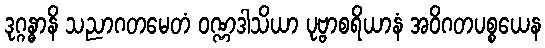
ဒုဂ္ဂန္ဓာနိ သညာဂတမေတံ ဝဏ္ဏဒါသိယာ ပုဗ္ဗာစရိယာနံ အဝိဂတပစ္စယေန